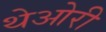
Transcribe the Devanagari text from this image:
थेओरी